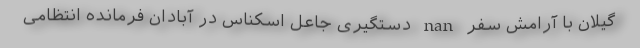
گیلان با آرامش سفر nan دستگیری جاعل اسکناس در آبادان فرمانده انتظامی